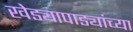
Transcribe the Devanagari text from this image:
खेड्यापाड्यांच्या